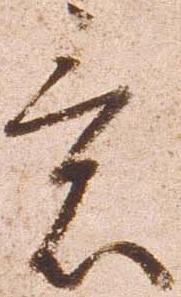
意